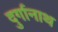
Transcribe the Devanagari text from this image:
दुर्गानाथ